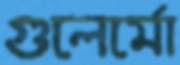
গুলের্মো